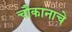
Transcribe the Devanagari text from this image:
चौकानाचे